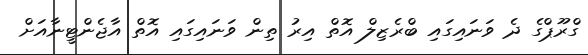
ގްރޫޕްގެ ދެ ވަނައިގައި ބްރެޒިލް އޮތް އިރު ތިން ވަނައިގައި އޮތް އާޖެންޓީނާއަށް